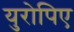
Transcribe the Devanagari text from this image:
युरोपिए